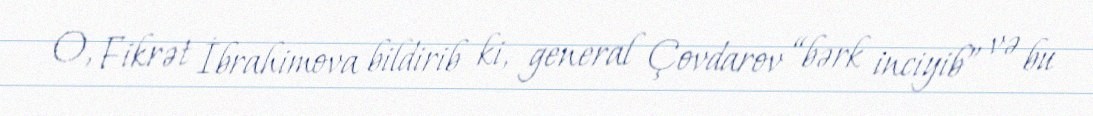
O, Fikrət İbrahimova bildirib ki, general Çovdarov “bərk inciyib” və bu